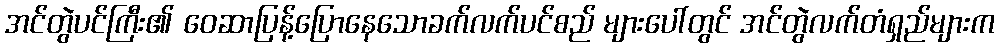
အင်တွဲပင်ကြီး၏ ဝေဆာပြန့်ပြောနေသောခက်လက်ပင်စည် များပေါ်တွင် အင်တွဲလက်တံရှည်များက